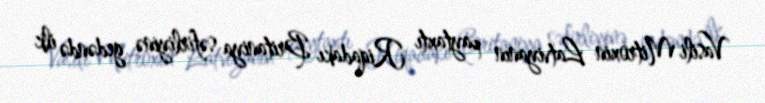
Vasili Mitroxin Latviyanın paytaxtı Riqadakı Britaniya səfirliyinə gedəndə ilk